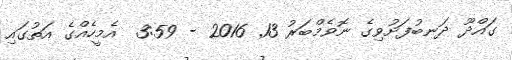
ގައްދޫ ދަނބުފަށުވިގެ ނޮވެމްބަރު 13